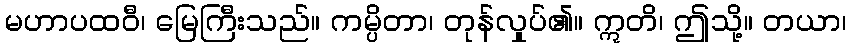
မဟာပထဝီ၊ မြေကြီးသည်။ ကမ္ပိတာ၊ တုန်လှုပ်၏။ ဣတိ၊ ဤသို့။ တယာ၊